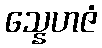
သ္နေဟဇံ